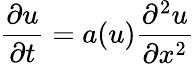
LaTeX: {\frac{\partial u}{\partial t}}=a(u){\frac{\partial^{2}u}{\partial x^{2}}}